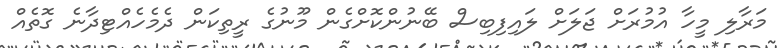
މަރާލި މީހާ އުމުރަށް ޖަލަށް ލައިފިބިސް ބޭނުންކޮށްގެން މޫނުގެ ރީތިކަން ދެމެހެއްޓިދާނެ ގޮތެއް